Madras plague regulations and rules - Volume 2
Disease focus: Plague
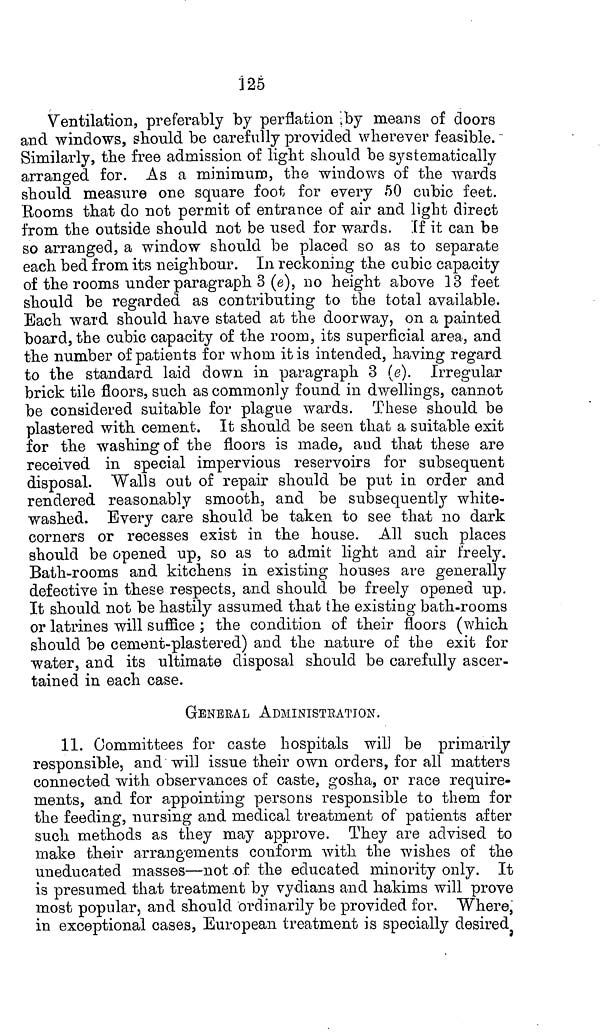
325
Ventilation, preferably by perflation by means of doors
and windows, should be carefully provided wherever feasible.
Similarly, the free admission of light should be systematically
arranged for. As a minimum, the windows of the wards
should measure one square foot for every 50 cubic feet.
Booms that do not permit of entrance of air and light direct
from the outside should not be used for wards. If it can be
so arranged, a window should be placed so as to separate
each bed from its neighbour. In reckoning the cubic capacity
of the rooms under paragraph 3 (e), no height above 13 feet
should be regarded as contributing to the total available.
Each ward should have stated at the doorway, on a painted
board, the cubic capacity of the room, its superficial area, and
the number of patients for whom it is intended, having regard
to the standard laid down in paragraph 3 (e). Irregular
brick tile floors, such as commonly found in dwellings, cannot
be considered suitable for plague wards. These should be
plastered with cement. It should be seen that a suitable exit
for the washing of the floors is made, and that these are
received in special impervious reservoirs for subsequent
disposal. Walls out of repair should be put in order and
rendered reasonably smooth, and be subsequently white-
washed. Every care should be taken to see that no dark
corners or recesses exist in the house. All such places
should be opened up, so as to admit light and air freely.
Bath-rooms and kitchens in existing houses are generally
defective in these respects, and should be freely opened up.
It should not be hastily assumed that the existing bath-rooms
or latrines will suffice ; the condition of their floors (which
should be cement-plastered) and the nature of the exit for
water, and its ultimate disposal should be carefully ascer-
tained in each case.
GENERAL ADMINISTRATION.
11. Committees for caste hospitals will be primarily
responsible, and will issue their own orders, for all matters
connected with observances of caste, gosha, or race require-
ments, and for appointing persons responsible to them for
the feeding, nursing and medical treatment of patients after
such methods as they may approve. They are advised to
make their arrangements conform with the wishes of the
uneducated masses—not of the educated minority only. It
is presumed that treatment by vydians and hakims will prove
most popular, and should ordinarily be provided for. Where,
in exceptional cases, European treatment is specially desired